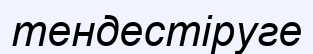
тендестіруге